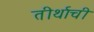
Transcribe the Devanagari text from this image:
तीर्थाची